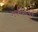
ગરીબપૂર